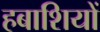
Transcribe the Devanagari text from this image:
हबाशियों